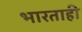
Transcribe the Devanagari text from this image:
भारताही